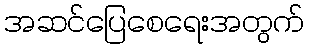
အဆင်ပြေစေရေးအတွက်